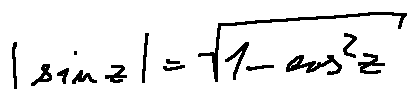
| \sin z | = \sqrt { 1 - \cos ^ { 2 } z }